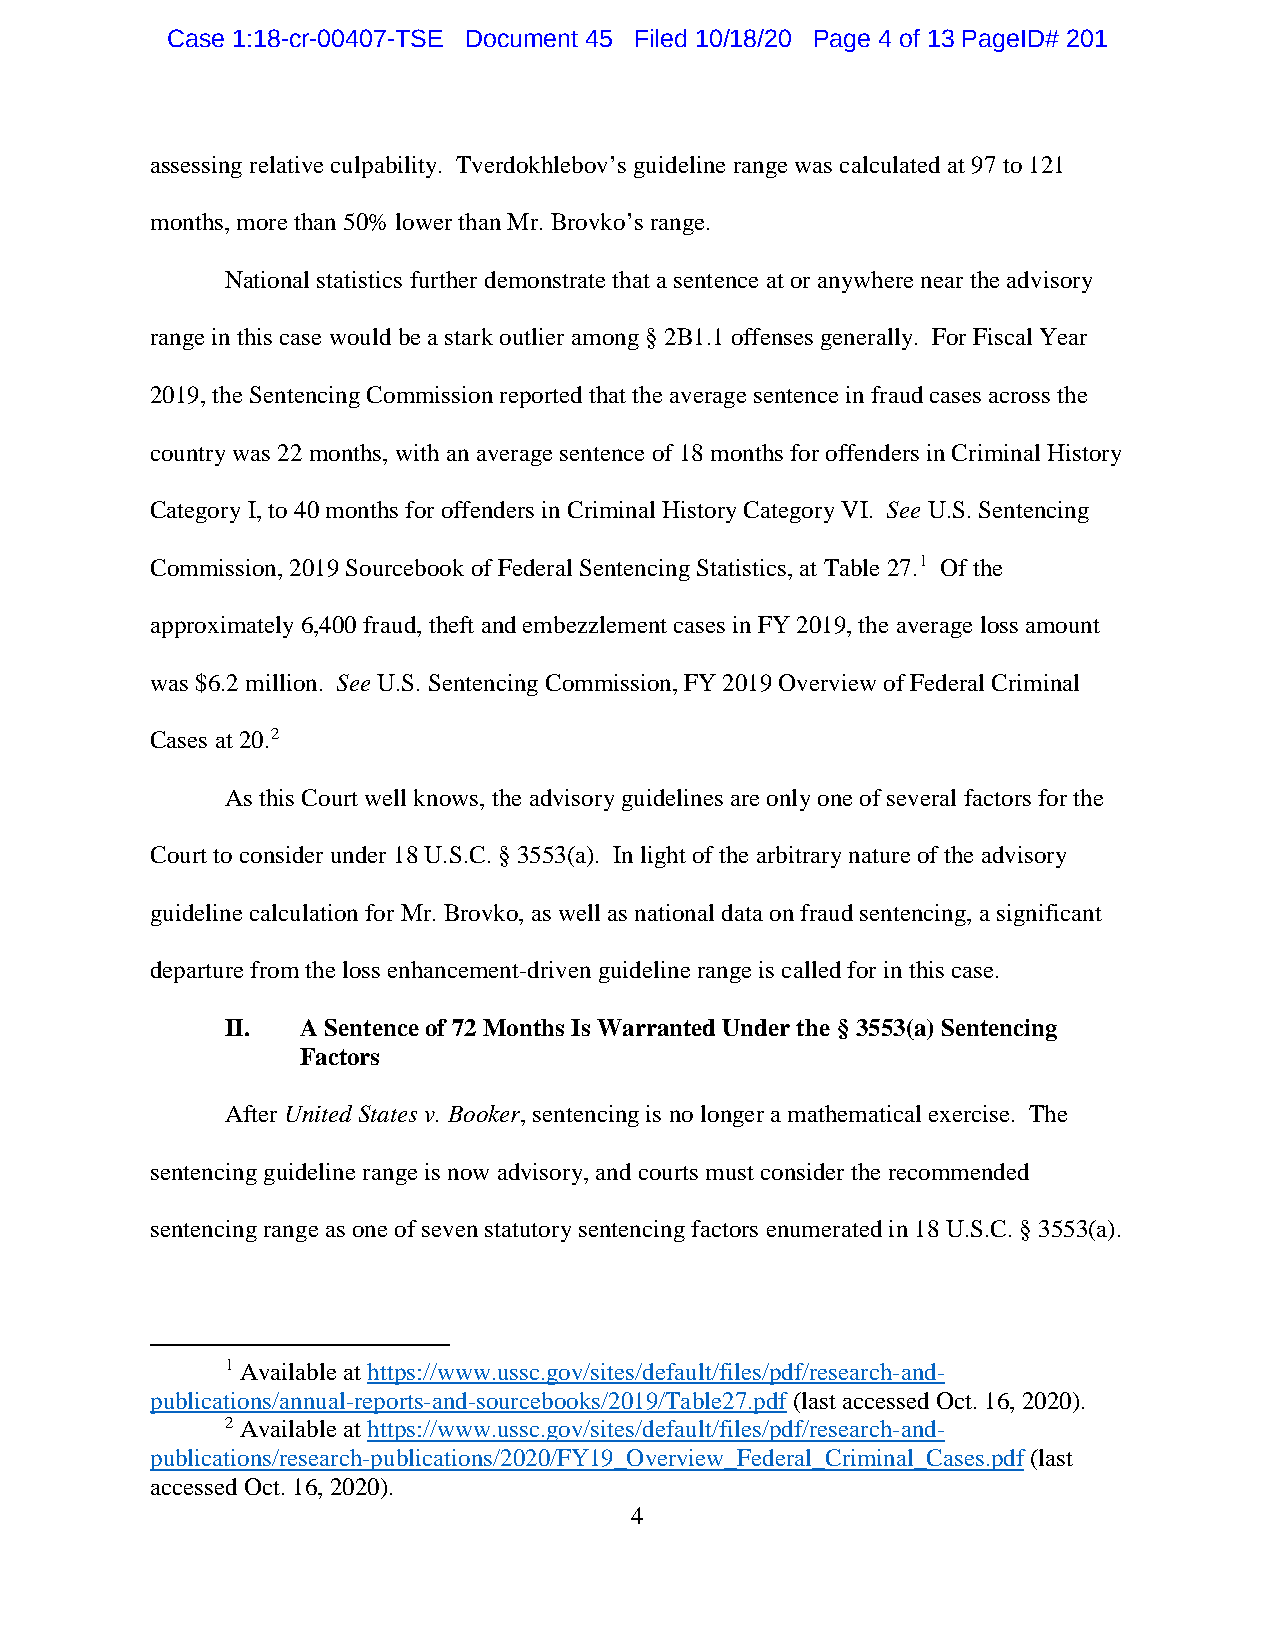
Case 1:18-cr-00407-TSE Document 45 Filed 10/18/20 Page 4 of 13 PageID# 201
 assessing relative culpability. Tverdokhlebov’s guideline range was calculated at 97 to 121
 months, more than 50% lower than Mr. Brovko’s range.
 National statistics further demonstrate that a sentence at or anywhere near the advisory
 range in this case would be a stark outlier among § 2B1.1 offenses generally. For Fiscal Year
 2019, the Sentencing Commission reported that the average sentence in fraud cases across the
 country was 22 months, with an average sentence of 18 months for offenders in Criminal History
 Category I, to 40 months for offenders in Criminal History Category VI. See U.S. Sentencing
 Commission, 2019 Sourcebook of Federal Sentencing Statistics, at Table 27.1 Of the
 approximately 6,400 fraud, theft and embezzlement cases in FY 2019, the average loss amount
 was $6.2 million. See U.S. Sentencing Commission, FY 2019 Overview of Federal Criminal
 Cases at 20.2
 As this Court well knows, the advisory guidelines are only one of several factors for the
 Court to consider under 18 U.S.C. § 3553(a). In light of the arbitrary nature of the advisory
 guideline calculation for Mr. Brovko, as well as national data on fraud sentencing, a significant
 departure from the loss enhancement-driven guideline range is called for in this case.
 II.  A Sentence of 72 Months Is Warranted Under the § 3553(a) Sentencing
 Factors
 After United States v. Booker, sentencing is no longer a mathematical exercise. The
 sentencing guideline range is now advisory, and courts must consider the recommended
 sentencing range as one of seven statutory sentencing factors enumerated in 18 U.S.C. § 3553(a).
 1 Available at https://www.ussc.gov/sites/default/files/pdf/research-and-
 publications/annual-reports-and-sourcebooks/2019/Table27.pdf (last accessed Oct. 16, 2020).
 2 Available at https://www.ussc.gov/sites/default/files/pdf/research-and-
 publications/research-publications/2020/FY19_Overview_Federal_Criminal_Cases.pdf (last
 accessed Oct. 16, 2020).
 4